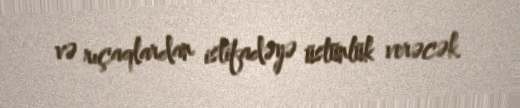
və rıçaqlardan istifadəyə üstünlük verəcək.